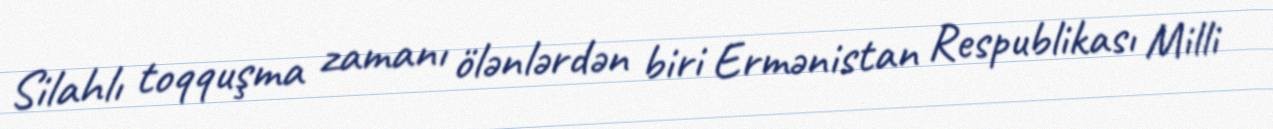
Silahlı toqquşma zamanı ölənlərdən biri Ermənistan Respublikası Milli